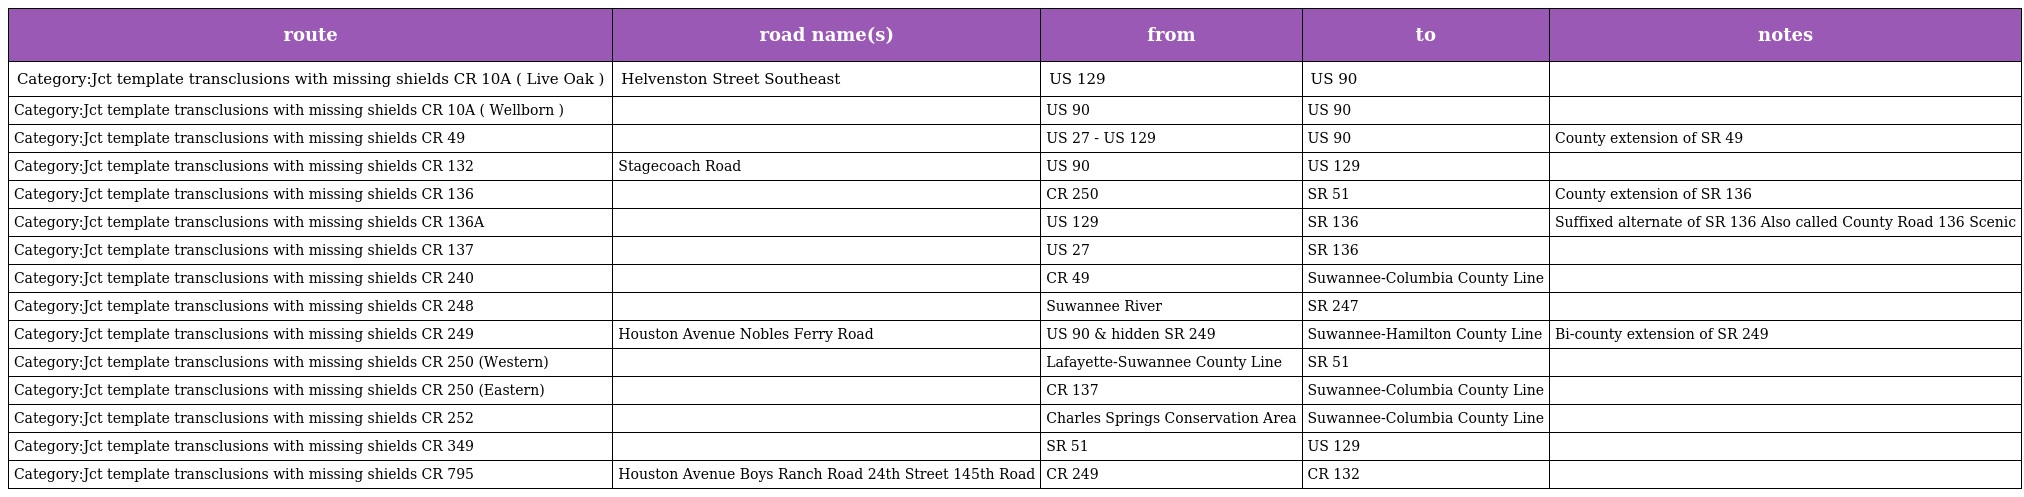
| route | road name(s) | from | to | notes |
 | --- | --- | --- | --- | --- |
 | Category:Jct template transclusions with missing shields CR 10A ( Live Oak ) | Helvenston Street Southeast | US 129 | US 90 |  |
 | Category:Jct template transclusions with missing shields CR 10A ( Wellborn ) |  | US 90 | US 90 |  |
 | Category:Jct template transclusions with missing shields CR 49 |  | US 27 - US 129 | US 90 | County extension of SR 49 |
 | Category:Jct template transclusions with missing shields CR 132 | Stagecoach Road | US 90 | US 129 |  |
 | Category:Jct template transclusions with missing shields CR 136 |  | CR 250 | SR 51 | County extension of SR 136 |
 | Category:Jct template transclusions with missing shields CR 136A |  | US 129 | SR 136 | Suffixed alternate of SR 136 Also called County Road 136 Scenic |
 | Category:Jct template transclusions with missing shields CR 137 |  | US 27 | SR 136 |  |
 | Category:Jct template transclusions with missing shields CR 240 |  | CR 49 | Suwannee-Columbia County Line |  |
 | Category:Jct template transclusions with missing shields CR 248 |  | Suwannee River | SR 247 |  |
 | Category:Jct template transclusions with missing shields CR 249 | Houston Avenue Nobles Ferry Road | US 90 & hidden SR 249 | Suwannee-Hamilton County Line | Bi-county extension of SR 249 |
 | Category:Jct template transclusions with missing shields CR 250 (Western) |  | Lafayette-Suwannee County Line | SR 51 |  |
 | Category:Jct template transclusions with missing shields CR 250 (Eastern) |  | CR 137 | Suwannee-Columbia County Line |  |
 | Category:Jct template transclusions with missing shields CR 252 |  | Charles Springs Conservation Area | Suwannee-Columbia County Line |  |
 | Category:Jct template transclusions with missing shields CR 349 |  | SR 51 | US 129 |  |
 | Category:Jct template transclusions with missing shields CR 795 | Houston Avenue Boys Ranch Road 24th Street 145th Road | CR 249 | CR 132 |  |